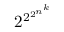
2 ^ { 2 ^ { 2 ^ { n ^ { k } } } }